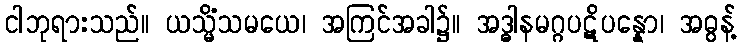
ငါဘုရားသည်။ ယသ္မိံသမယေ၊ အကြင်အခါ၌။ အဒ္ဓါနမဂ္ဂပဋိပန္နော၊ အဓွန့်